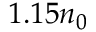
1 . 1 5 n _ { 0 }